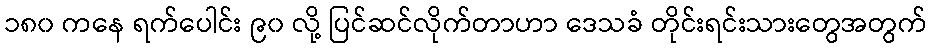
၁၈၀ ကနေ ရက်ပေါင်း ၉၀ လို့ ပြင်ဆင်လိုက်တာဟာ ဒေသခံ တိုင်းရင်းသားတွေအတွက်